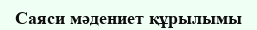
Саяси мәдениет құрылымы